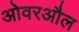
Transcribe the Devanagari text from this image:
ओवरऔल